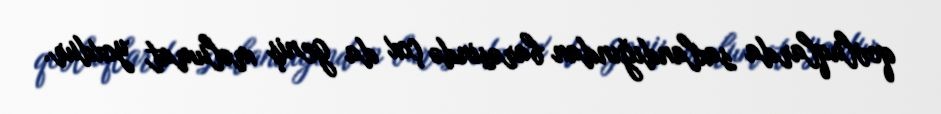
qovluqlarda saxlandığından barəsində çox da geniş məlumat yoxdur.